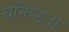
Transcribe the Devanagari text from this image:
घनिष्‍ठता